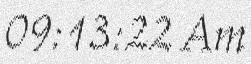
09:13:22 Am